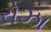
રોઝા